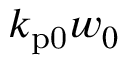
k _ { \mathrm { p 0 } } w _ { 0 }